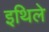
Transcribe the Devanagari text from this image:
इथिले